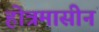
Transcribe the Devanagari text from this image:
होत्रमासीनं